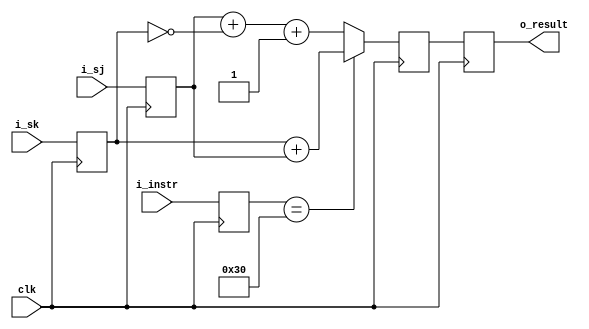
module scalar_add(i_sk,i_sj,i_instr,clk,o_result);

input wire [63:0] i_sk;       
input wire [63:0] i_sj;            

output reg [63:0] o_result;
input wire clk;
input wire [6:0] i_instr;

reg [6:0] instr;
reg [63:0] sk_0;   //operand 1 
reg [63:0] sj_0;   //operand 2
reg [63:0] temp_result;

always@(posedge clk)
   begin
      //grab new values
      sk_0[63:0] <= i_sk[63:0];
      sj_0[63:0] <= i_sj[63:0];
      instr[6:0] <= i_instr[6:0];
   end

   
always@(posedge clk)
   begin 
      temp_result[63:0] <= (instr[6:0]==7'b0110000) ? (sk_0[63:0] + sj_0[63:0]) : (sj_0[63:0] + ~sk_0[63:0] + 64'h000001);  
      o_result <= temp_result;
   end

endmodule